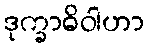
ဒုက္ခာဓိဝါဟာ